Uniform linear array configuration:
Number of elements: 32
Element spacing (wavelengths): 1
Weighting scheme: hann
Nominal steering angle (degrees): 0
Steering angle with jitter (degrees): -1.561
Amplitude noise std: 0.05
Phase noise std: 0.05

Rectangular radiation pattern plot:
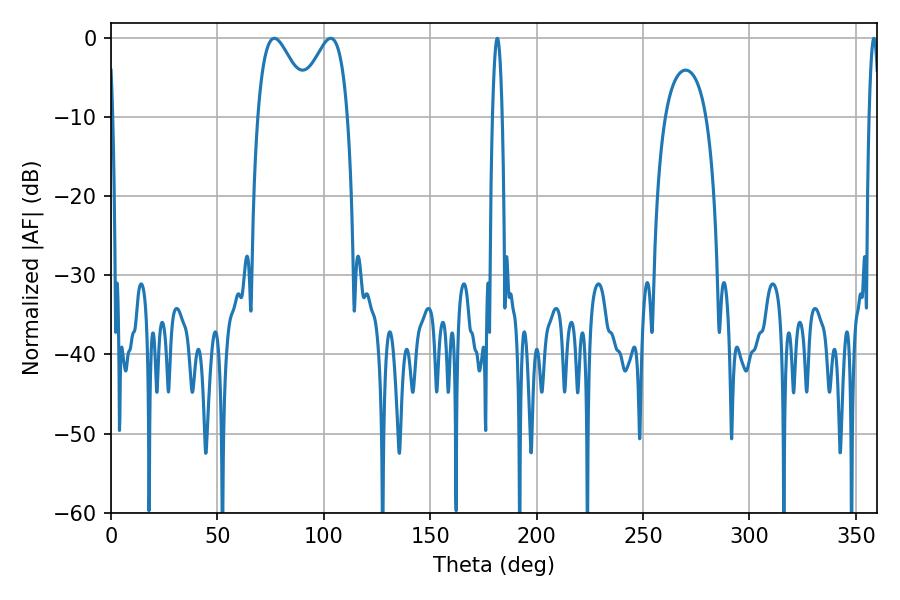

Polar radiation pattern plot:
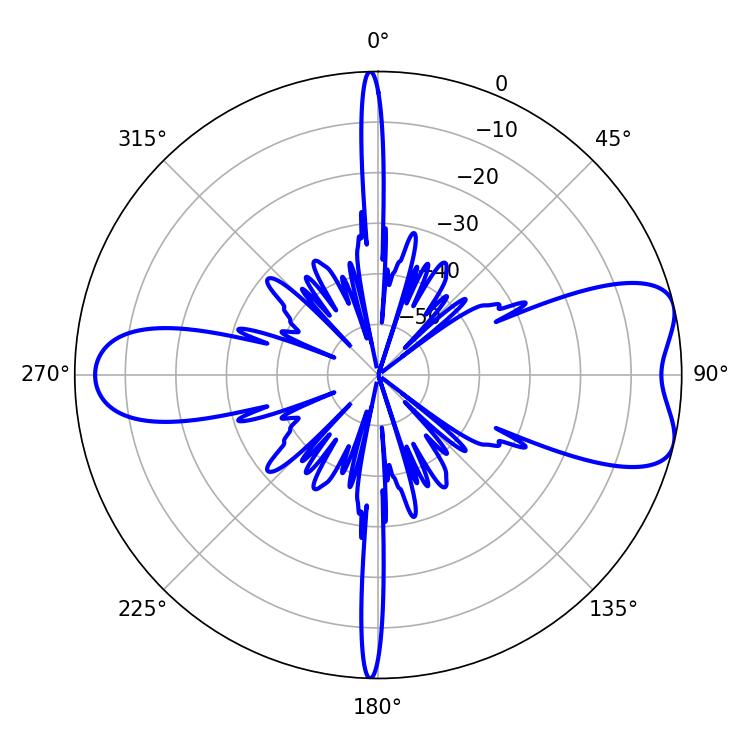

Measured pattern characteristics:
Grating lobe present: TRUE
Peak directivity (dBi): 7.466
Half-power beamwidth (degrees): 13.14
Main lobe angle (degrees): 76.68